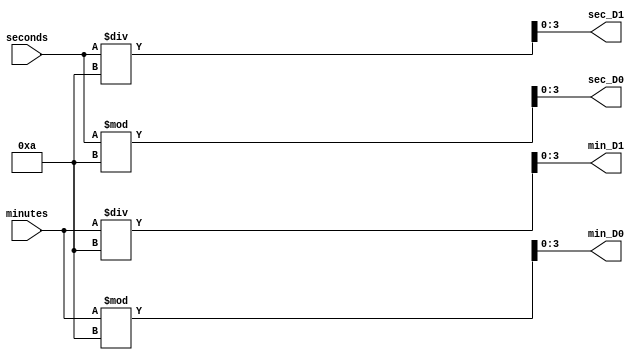
`timescale 1ns / 1ps
//////////////////////////////////////////////////////////////////////////////////
// Company: 
// Engineer: 
// 
// Design Name: 
// Module Name: digitSeparator
// Project Name: 
// Target Devices: 
// Tool Versions: 
// Description: 
// 
// Dependencies: 
// 
// Revision:
// Revision 0.01 - File Created
// Additional Comments:
// 
//////////////////////////////////////////////////////////////////////////////////

// separates the digits the timer's minutes and seconds
module digitSeparator(minutes, seconds, min_D1, min_D0, sec_D1, sec_D0);
input [5:0] minutes, seconds;
output reg [3:0] min_D1 = 0, min_D0 = 0, sec_D1 = 0, sec_D0 = 0;
    
always@(minutes) // at every minute
    begin
        min_D1 = minutes / 10; // separate ten's place digit into one value
        min_D0 = minutes % 10; // separate one's place digit into another
    end
always@(seconds) // at every second
    begin
    sec_D1 = seconds / 10; // separate ten's place digit into one value
    sec_D0 = seconds % 10; // separate one's place digit into another
    end
endmodule